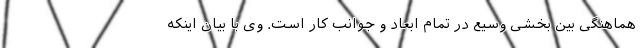
هماهنگی بین بخشی وسیع در تمام ابعاد و جوانب کار است. وی با بیان اینکه